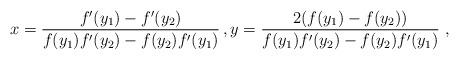
LaTeX: \begin{align*}x=\frac{f'(y_1)-f'(y_2)}{f(y_1) f'(y_2)-f(y_2) f'(y_1)}\, , y=\frac{2(f(y_1)- f(y_2))}{f(y_1) f'(y_2)-f(y_2) f'(y_1)}\ ,\end{align*}